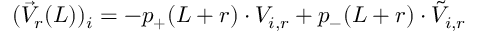
( \vec { V } _ { r } ( L ) ) _ { i } = - p _ { + } ( L + r ) \cdot V _ { i , r } + p _ { - } ( L + r ) \cdot \tilde { V } _ { i , r }